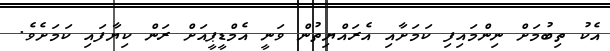
އެކު ތިބުމަށް ނިންމައިފި ކަމަށާއި އެރައްޔިތުން ވަނީ އެމްޑީޕީއަށް ރަން ކިޔާފައި ކަމަށެވެ.